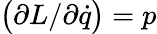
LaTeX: {\bigl(}\partial L/\partial{\dot{q}}{\bigr)}=p